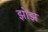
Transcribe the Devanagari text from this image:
झोंझ